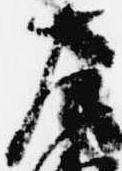
左